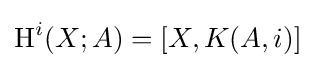
\operatorname {H} ^{i}(X;A)=[X,K(A,i)]